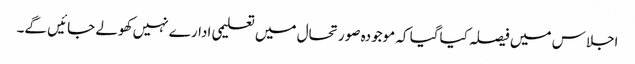
اجلاس میں فیصلہ کیاگیا کہ موجودہ صورتحال میں تعلیمی ادارے نہیں کھولے جائیں گے۔